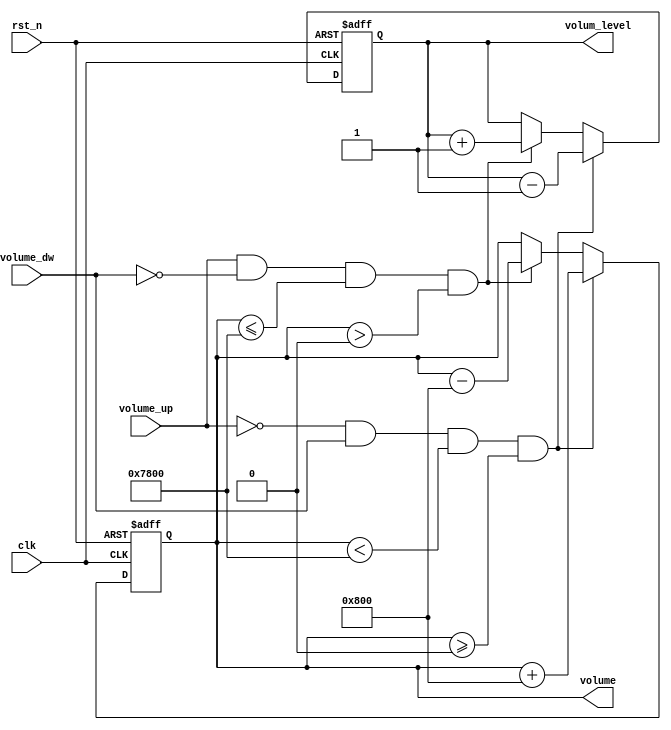
module volume_select(
    input clk,
    input rst_n,
    input volume_up,
    input volume_dw,
    output reg [3:0] volum_level,
    output reg [15:0] volume
);
reg [3:0] temp_volum_level;// ????
reg [15:0] temp_volume;

always @* begin
    if (~volume_up && volume_dw && volume < 16'h7800 && volume >= 16'h0000) begin
        temp_volume = volume + 16'h0800;
        temp_volum_level = volum_level - 1'b1;
    end
    else if (volume_up && ~volume_dw && volume <= 16'h7800 && volume > 16'h0000) begin
        temp_volume = volume - 16'h0800;
        temp_volum_level = volum_level + 1'b1;
    end
    else begin
        temp_volume = volume;
        temp_volum_level = volum_level;
    end
end

always @(posedge clk or negedge rst_n)
    if (~rst_n)
        volume <=  16'h7800;
    else
        volume <= temp_volume;
always @(posedge clk or negedge rst_n)
    if (~rst_n)
        volum_level <=  4'd0;
    else
        volum_level <= temp_volum_level;
endmodule